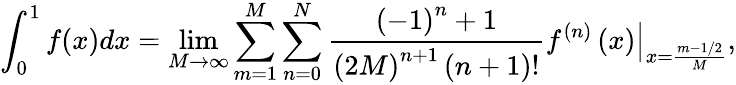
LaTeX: \int_{0}^{1}{f(x)dx}=\operatorname*{lim}_{M\to\infty}\sum_{m=1}^{M}{\sum_{n=0}^{N}{{\frac{{{\left({-1}\right)}^{n}}+1}{{{\left({2M}\right)}^{n+1}}\left({n+1}\right)!}}{{\left.{{f^{\left(n\right)}}\left(x\right)}\right|}_{x={\frac{m-1/2}{M}}}}}},